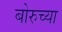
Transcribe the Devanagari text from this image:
बोरुच्या